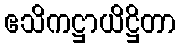
ဧသိကဋ္ဌာယိဋ္ဌိတာ